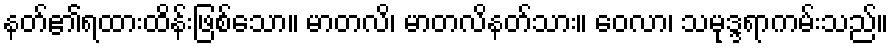
နတ်၏ရထားထိန်းဖြစ်သော။ မာတလိ၊ မာတလိနတ်သား။ ဝေလာ၊ သမုဒ္ဒရာကမ်းသည်။